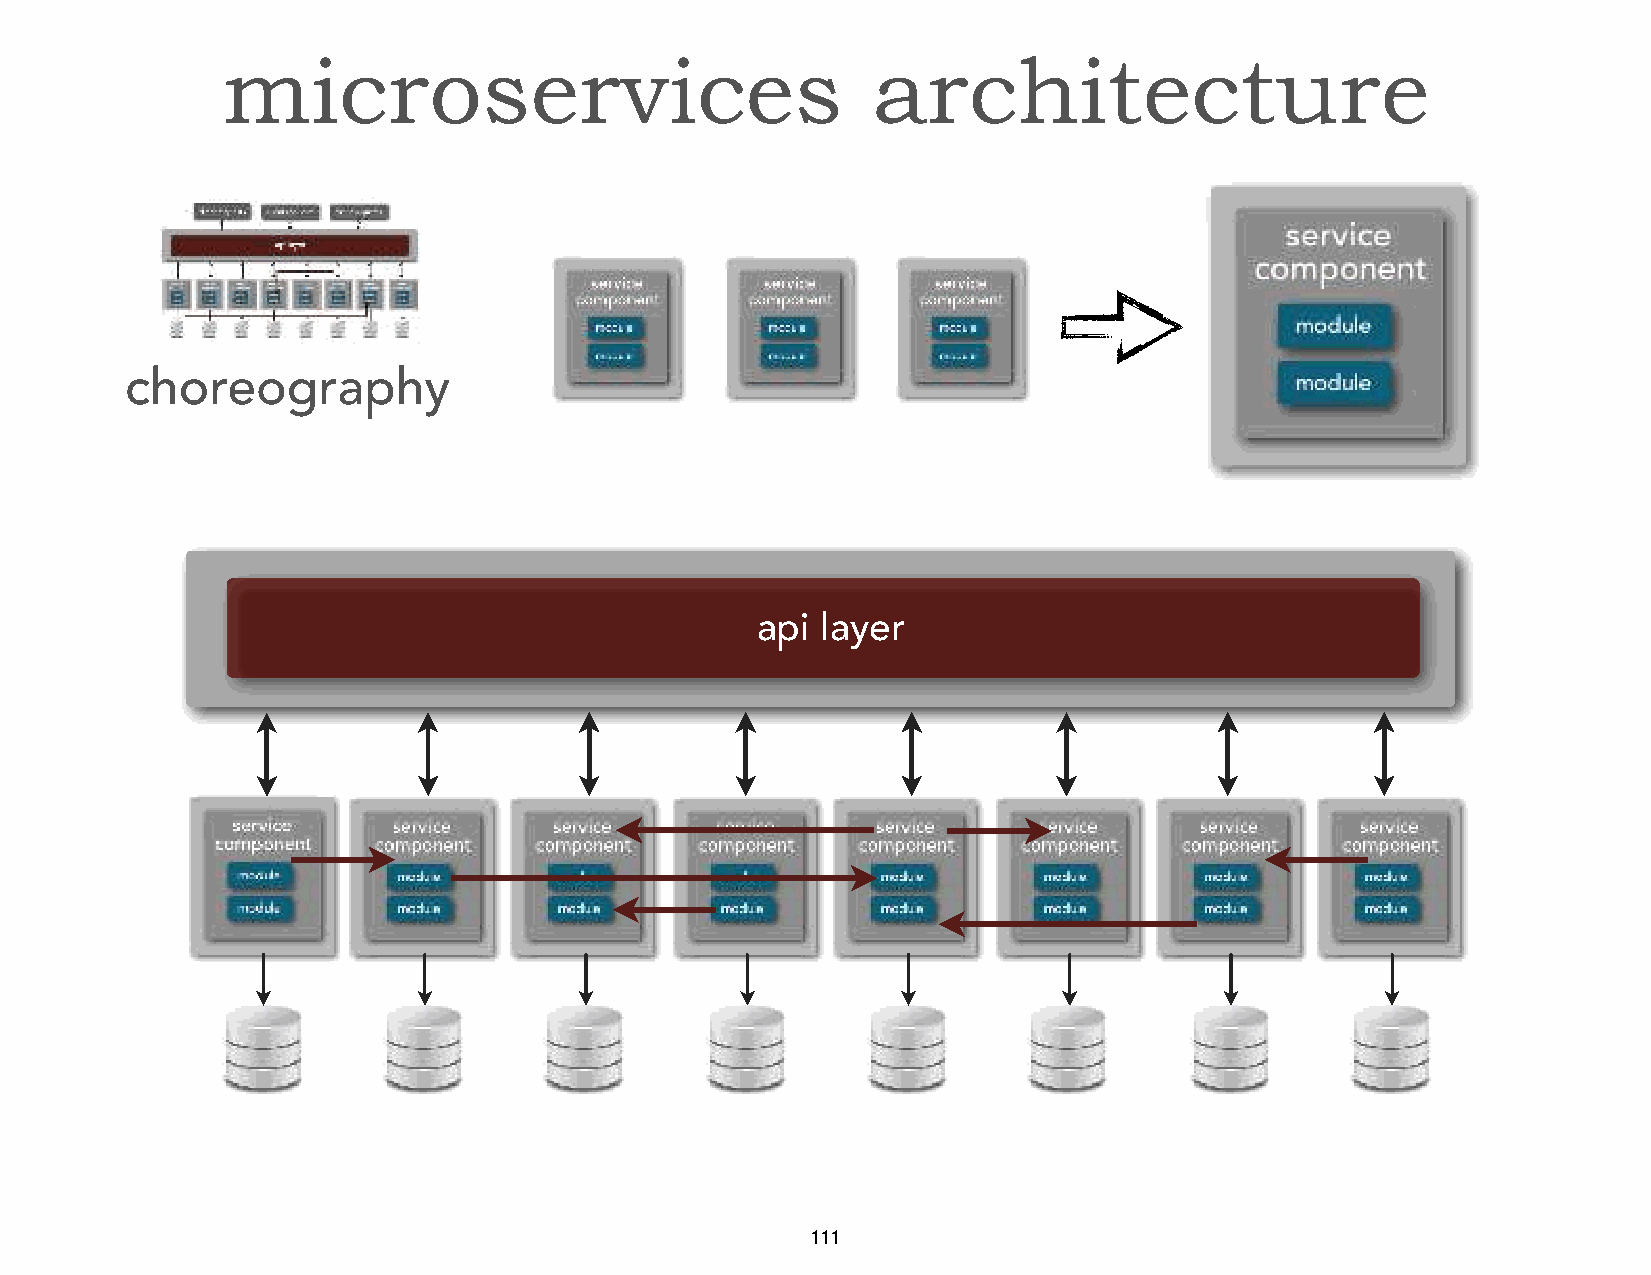
microservices                              architecture
 choreography
 api layer
 111